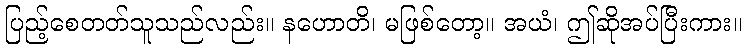
ပြည့်စေတတ်သူသည်လည်း။ နဟောတိ၊ မဖြစ်တော့။ အယံ၊ ဤဆိုအပ်ပြီးကား။